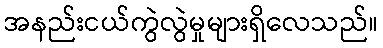
အနည်းငယ်ကွဲလွဲမှုများရှိလေသည်။